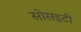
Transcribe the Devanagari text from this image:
सोसइटी